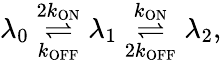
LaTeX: \lambda_{0}\overset{2k_{\mathrm{ON}}}{\underset{k_{\mathrm{OFF}}}\rightleftharpoons}\lambda_{1}\overset{k_{\mathrm{ON}}}{\underset{2k_{\mathrm{OFF}}}\rightleftharpoons}\lambda_{2},